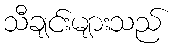
သီချင်းများသည်